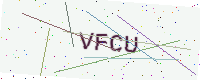
Text: VFCU